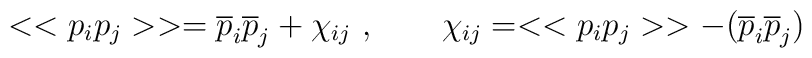
<<p_ip_j>> = {\overline p}_i{\overline p}_j + \chi_{ij}~,\qquad \chi_{ij}= <<p_ip_j>>-({\overline p}_i {\overline p}_j)